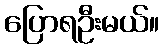
ပြောရဦးမယ်။